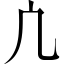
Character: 凣